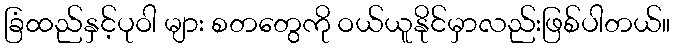
ခြံထည်နှင့်ပုဝါ များ စတတွေကို ဝယ်ယူနိုင်မှာလည်းဖြစ်ပါတယ်။